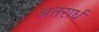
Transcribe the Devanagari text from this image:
अतरार्ध